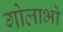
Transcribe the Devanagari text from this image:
गोलाभों